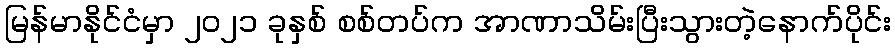
မြန်မာနိုင်ငံမှာ ၂၀၂၁ ခုနှစ် စစ်တပ်က အာဏာသိမ်းပြီးသွားတဲ့နောက်ပိုင်း